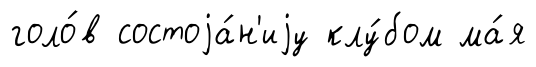
голо́в состоjа́н'иjу клу́бом ма́я